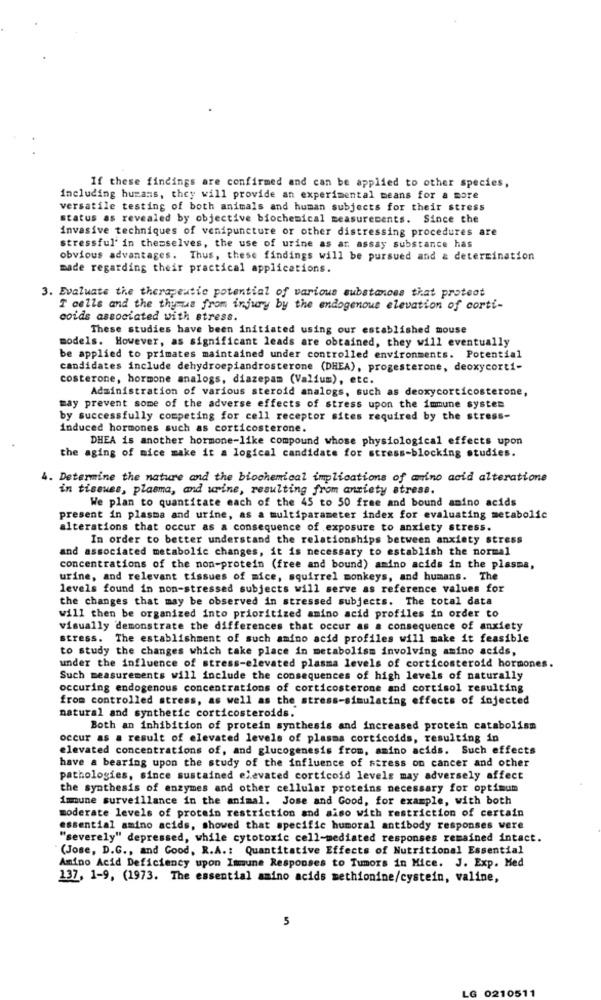
If these findings are confirmed and can be applied to other species,
including humans, they will provide an experimental means for a more
versatile testing of both animals and human subjects for their stress
status as revealed by objective biochemical measurements. Since the
invasive techniques of venipuncture or other distressing procedures are
stressful' in themselves, the use of urine as ar assay substance has
obvious advantages. Thus, these findings will be pursued and & determination
made regarding their practical applications.
3. Evaluate the therapeutic potential of various substances that protect
T cells and the thymus from injury by the endogenous elevation of corti-
coids associated with stress.
These studies have been initiated using our established mouse
models. However, as significant leads are obtained, they will eventually
be applied to primates maintained under controlled environments. Potential
candidates include dehydroepiandrosterone (DHEA), progesterone, deoxycorti-
costerone, hormone analogs, diazepam (Valium), etc.
Administration of various steroid analogs, such as deoxycorticosterone,
may prevent some of the adverse effects of stress upon the immune system
by successfully competing for cell receptor sites required by the stress-
induced hormones such as corticosterone.
DHEA is another hormone-like compound whose physiological effects upon
the aging of mice make it a logical candidate for stress-blocking studies.
4. Determine the nature and the biochemical implications of amino acid alteratione
in tissues, plasma, and urine, resulting from anxiety stress.
We plan to quantitate each of the 45 to 50 free and bound amino acids
present in plasma and urine, as a multiparameter index for evaluating metabolic
alterations that occur as a consequence of exposure to anxiety stress.
In order to better understand the relationships between anxiety stress
and associated metabolic changes, it is necessary to establish the normal
concentrations of the non-protein (free and bound) amino acids in the plasma,
urine, and relevant tissues of mice, squirrel monkeys, and humans. The
levels found in non-stressed subjects will serve as reference values for
the changes that may be observed in stressed subjects. The total data
will then be organized into prioritized amino acid profiles in order to
visually demonstrate the differences that occur as a consequence of anxiety
stress. The establishment of such amino acid profiles will make it feasible
to study the changes which take place in metabolism involving amino acids,
under the influence of stress-elevated plasma levels of corticosteroid hormones.
Such measurements will include the consequences of high levels of naturally
occuring endogenous concentrations of corticosterone and cortisol resulting
from controlled stress, as well as the stress-simulating effects of injected
natural and synthetic corticosteroids.
Both an inhibition of protein synthesis and increased protein catabolism
occur as a result of elevated levels of plasma corticoids, resulting in
elevated concentrations of, and glucogenesis from, amino acids. Such effects
have a bearing upon the study of the influence of stress on cancer and other
pathologies, since sustained elevated corticoid levels may adversely affect
the synthesis of enzymes and other cellular proteins necessary for optimum
immune surveillance in the animal. Jose and Good, for example, with both
moderate levels of protein restriction and also with restriction of certain
essential amino acids, showed that specific humoral antibody responses were
"severely" depressed, while cytotoxic cell-mediated responses remained intact.
(Jose, D.G ., and Good, R.A .: Quantitative Effects of Nutritional Essential
Amino Acid Deficiency upon Immune Responses to Tumors in Mice. J. Exp. Med
137, 1-9, (1973. The essential amino acids methionine/cystein, valine,
5
LG 0210511